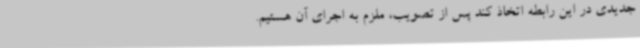
جدیدی در این رابطه اتخاذ کند پس از تصویب، ملزم به اجرای آن هستیم.